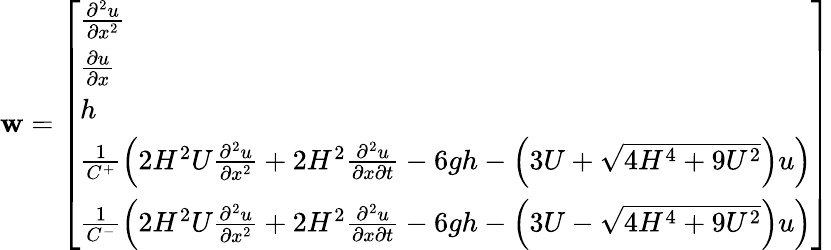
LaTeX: \mathbf{w}=\left[\begin{array}{l}{\frac{\partial^{2}u}{\partial x^{2}}}\\ {\frac{\partial u}{\partial x}}\\ {h}\\ {\frac{1}{C^{+}}\left(2H^{2}U\frac{\partial^{2}u}{\partial x^{2}}+2H^{2}\frac{\partial^{2}u}{\partial x\partial t}-6gh-\left(3U+\sqrt{4H^{4}+9U^{2}}\right)u\right)}\\ {\frac{1}{C^{-}}\left(2H^{2}U\frac{\partial^{2}u}{\partial x^{2}}+2H^{2}\frac{\partial^{2}u}{\partial x\partial t}-6gh-\left(3U-\sqrt{4H^{4}+9U^{2}}\right)u\right)}\end{array}\right]